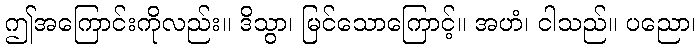
ဤအကြောင်းကိုလည်း။ ဒိသွာ၊ မြင်သောကြောင့်။ အဟံ၊ ငါသည်။ ပညော၊